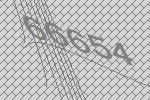
66654